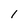
Character: 1